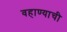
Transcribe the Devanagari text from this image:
वहाण्याची